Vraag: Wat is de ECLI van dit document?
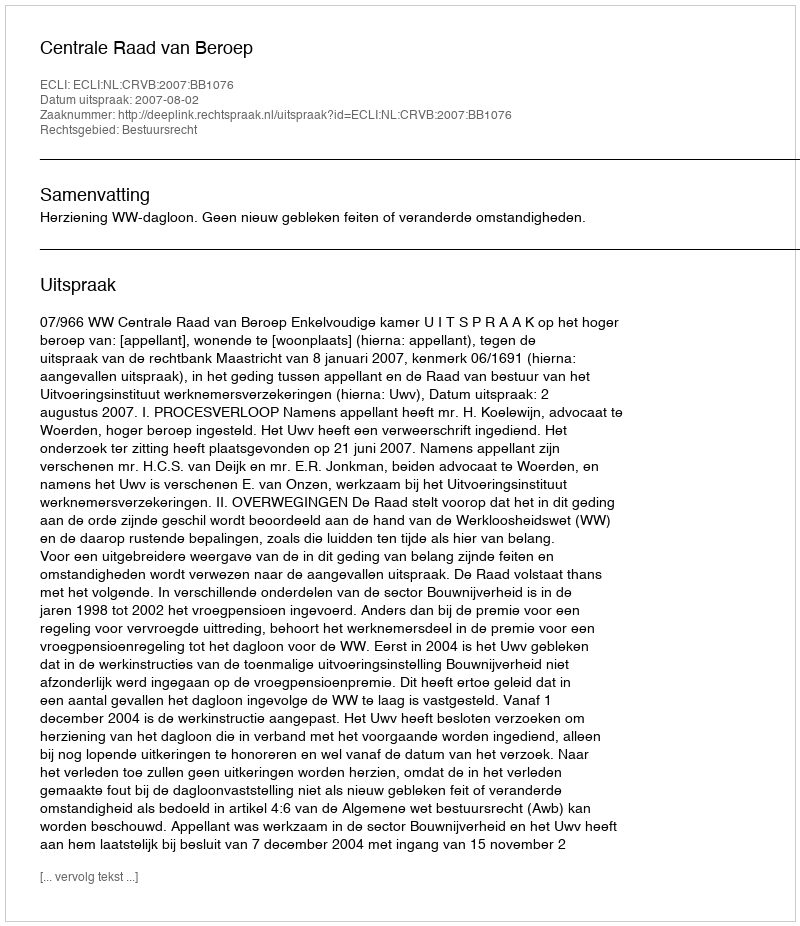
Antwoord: ECLI:NL:CRVB:2007:BB1076